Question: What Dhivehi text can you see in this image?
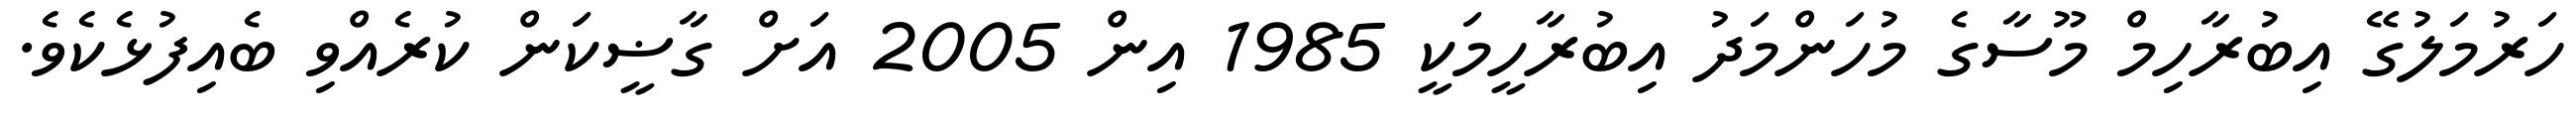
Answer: ހަރުމަލުގޭ އިބުރާހިމް މޫސާގެ މުހަންމަދު އިބުރާހީމަކީ 1985 އިން 2005 އަށް ގާޟީކަން ކުރެއްވި ބެއިފުޅެކެވެ.